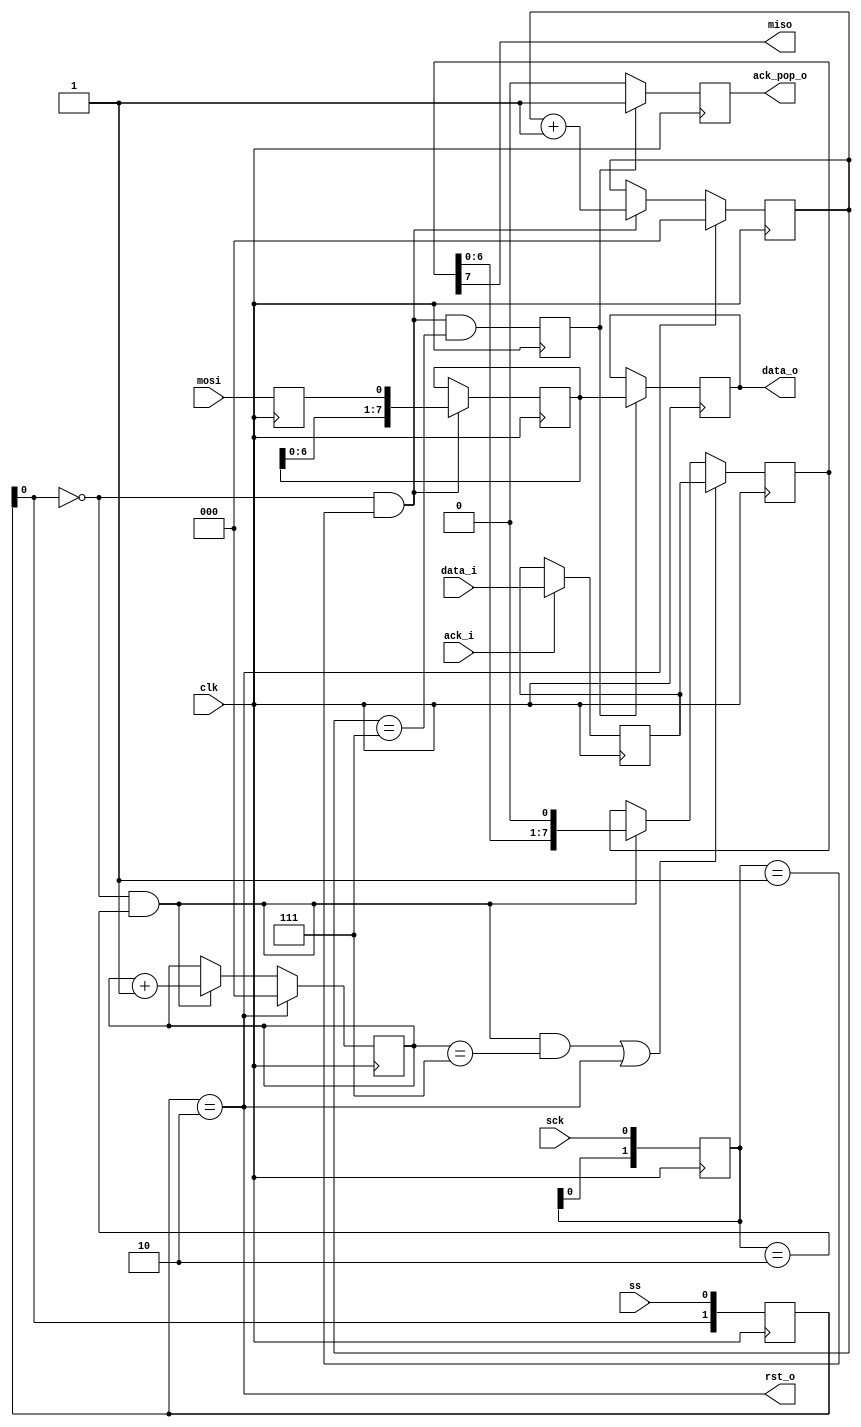
module spi_trx (
    input wire clk,
    input wire sck,
    output wire miso,
    input wire mosi,
    input wire ss,
    output wire rst_o,
    output wire [7:0] data_o,
    output wire ack_pop_o,
    input wire [7:0] data_i,
    input wire ack_i);
reg [1:0] sck_hist_ff;
always @(posedge clk) begin
    sck_hist_ff <= {sck_hist_ff[0], sck};
end
reg [1:0] ss_hist_ff;
always @(posedge clk) begin
    ss_hist_ff <= {ss_hist_ff[0], ss};
end
wire ss_negedge = ss_hist_ff[1:0] == 2'b10;
wire ss_enabled = ~ss_hist_ff[0];
wire sck_posedge = ss_enabled && sck_hist_ff[1:0] == 2'b01;
wire sck_negedge = ss_enabled && sck_hist_ff[1:0] == 2'b10;
assign rst_o = ss_negedge;
reg mosi_hist_ff;
always @(posedge clk) begin
    mosi_hist_ff <= mosi;
end
reg [7:0] shiftreg_i;
always @(posedge clk) begin
    if (sck_posedge)
        shiftreg_i <= {shiftreg_i[6:0], mosi_hist_ff};
end
reg [2:0] posedge_counter;
always @(posedge clk) begin
    if(ss_negedge)
        posedge_counter <= 0;
    else if(sck_posedge)
        posedge_counter <= posedge_counter + 1;
end
wire posedge8 = sck_posedge & (posedge_counter == 3'd7);
reg posedge8_delayed;
always @(posedge clk)
    posedge8_delayed <= posedge8;
reg ack_o_ff;
reg [7:0] data_o_ff;
always @(posedge clk) begin
    ack_o_ff <= 0;
    if (posedge8_delayed) begin
        ack_o_ff <= 1;
        data_o_ff <= shiftreg_i;
    end
end
assign ack_pop_o = ack_o_ff;
assign data_o = data_o_ff;
reg [2:0] negedge_counter;
always @(posedge clk) begin
    if (ss_negedge)
        negedge_counter <= 0;
    else if(sck_negedge)
        negedge_counter <= negedge_counter + 1;
end
wire negedge8 = sck_negedge & (negedge_counter == 3'd7);
reg [7:0] data_o_latchff;
always @(posedge clk)
    if(ack_i)
        data_o_latchff <= data_i;
reg [7:0] shiftreg_o;
always @(posedge clk) begin
    if(negedge8 || ss_negedge) begin
        shiftreg_o <= data_o_latchff;
    end else if(sck_negedge) begin
        shiftreg_o <= {shiftreg_o[6:0], 1'b0};
    end
end
assign miso = shiftreg_o[7];
endmodule